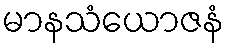
မာနသံယောဇနံ